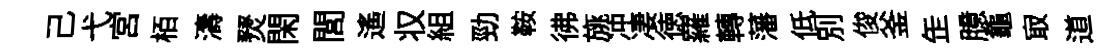
己弋宮栢濤燹閑閭遙𠬧組勁鞍彿旐冲凄徳羅轉藩低別俊釜𦈢臆龜㝡道